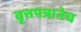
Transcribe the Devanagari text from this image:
वृत्तपत्रानेच